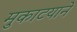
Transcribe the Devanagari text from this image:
मुकाटयाने